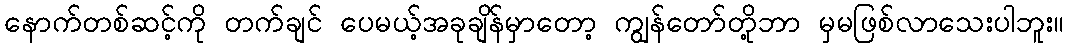
နောက်တစ်ဆင့်ကို တက်ချင် ပေမယ့်အခုချိန်မှာတော့ ကျွန်တော်တို့ဘာ မှမဖြစ်လာသေးပါဘူး။